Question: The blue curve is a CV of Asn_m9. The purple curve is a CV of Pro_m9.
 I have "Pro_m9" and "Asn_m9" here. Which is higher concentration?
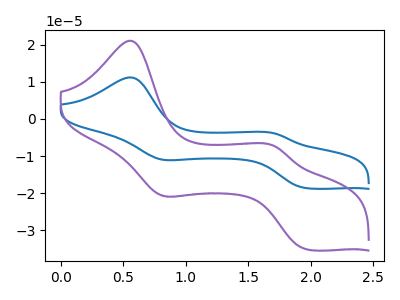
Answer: <think>The blue curve "Asn_m9" has anodic peaks at (0.55V, 11.20uA) (1.70V, -3.85uA) and cathodic peaks at (0.80V, -10.90uA) (1.95V, -18.65uA). The purple curve "Pro_m9" has anodic peaks at (0.55V, 21.05uA) (1.70V, -7.30uA) and cathodic peaks at (0.80V, -20.55uA) (1.95V, -35.15uA).
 All the peaks in "Pro_m9" have a peak in "Asn_m9" at the same potential.</think>
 <answer>I cant tell if "Pro_m9" or "Asn_m9" has higher concentration.</answer>
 <eval>mixed_concentration</eval>